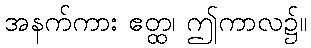
အနက်ကား ဧတ္ထ၊ ဤကာလ၌။